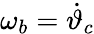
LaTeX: \omega_{b}=\dot{\vartheta}_{c}